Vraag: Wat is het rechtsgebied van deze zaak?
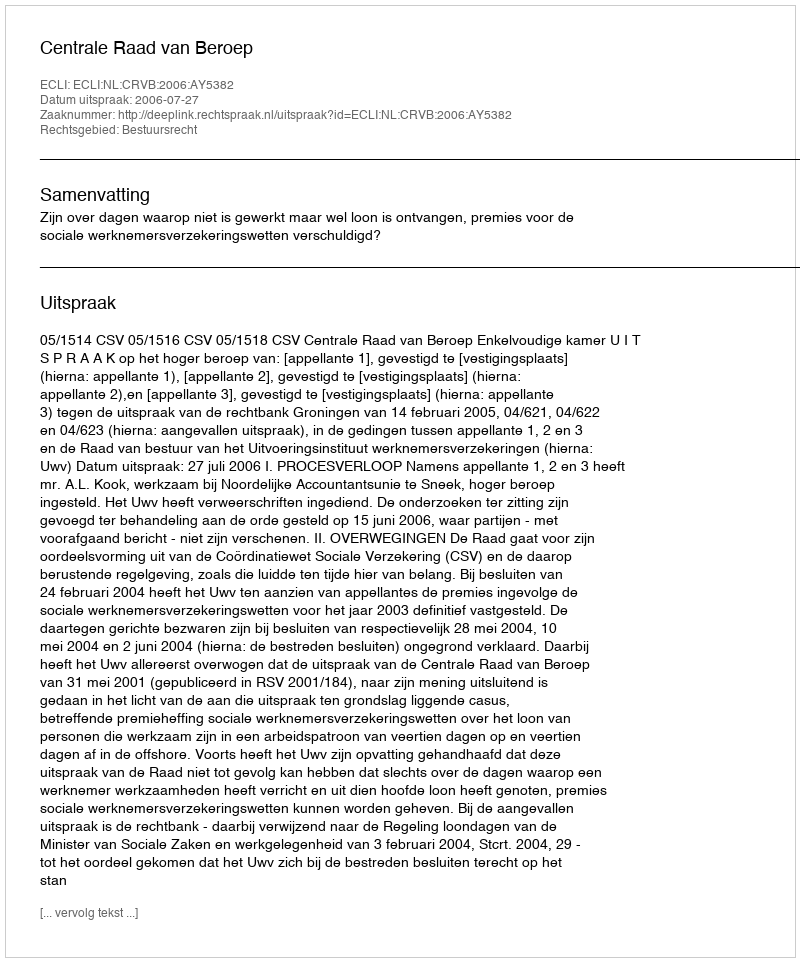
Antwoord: Bestuursrecht